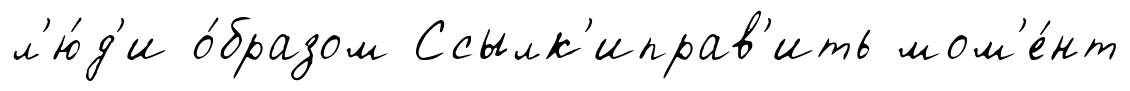
л'ю́д'и о́бразом Ссылк'иправ'ить мом'е́нт